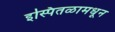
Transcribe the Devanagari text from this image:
इस्पितळामधून